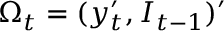
\Omega _ { t } = ( y _ { t } ^ { \prime } , I _ { t - 1 } ) ^ { \prime }